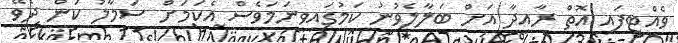
ވެއްޓިފައި އޮތް ރާއިދާ އަށް ބަލާލެވުނު ކަމުގައިވީނަމަވެސް އެކަމަށް ސަމާލު ކަން ދެވޭ